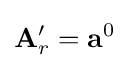
\mathbf {A} _{r}^{\prime }=\mathbf {a} ^{0}